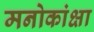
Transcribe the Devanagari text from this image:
मनोकांक्षा